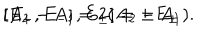
LaTeX: [ A _ { 2 } - A _ { 1 } , E _ { \pm } ] = \pm E _ { \pm } \hspace { 2 c m } [ E _ { + } , E _ { - } ] = 2 ( A _ { 2 } - A _ { 1 } ) .